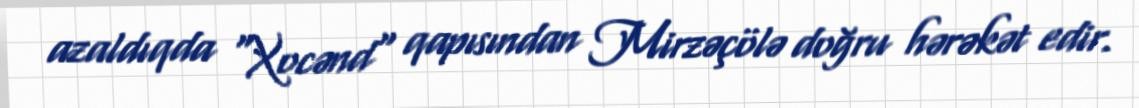
azaldıqda "Xocənd" qapısından Mirzəçölə doğru hərəkət edir.